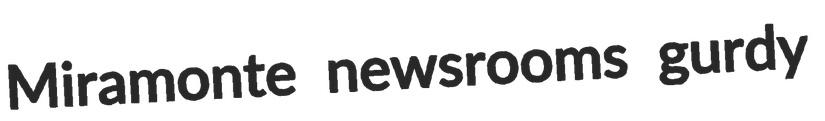
Miramonte newsrooms gurdy